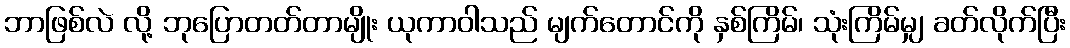
ဘာဖြစ်လဲ လို့ ဘုပြောတတ်တာမျိုး ယုကာဝါသည် မျက်တောင်ကို နှစ်ကြိမ်၊ သုံးကြိမ်မျှ ခတ်လိုက်ပြီး